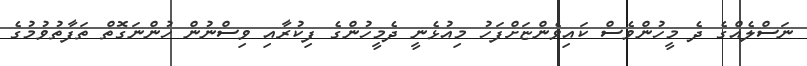
ނަސްލެއްގެ ދެ މީހުންވެސް ކައިވެންޏަށްފަހު މިއުޅެނީ ދެމީހުންގެ ފިކުރާއި ވިސްނުން ހުންނަގޮތް ތަފާތުވުމުގެ